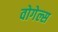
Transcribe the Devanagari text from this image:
वोगेल्स